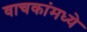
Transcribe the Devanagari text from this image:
वाचकांमध्ये